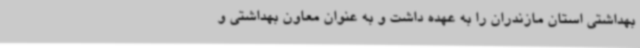
بهداشتی استان مازندران را به عهده داشت و به عنوان معاون بهداشتی و